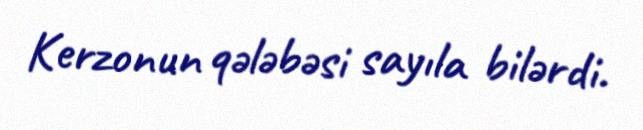
Kerzonun qələbəsi sayıla bilərdi.